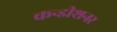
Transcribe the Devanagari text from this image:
कन्डीशनर